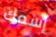
إسمك